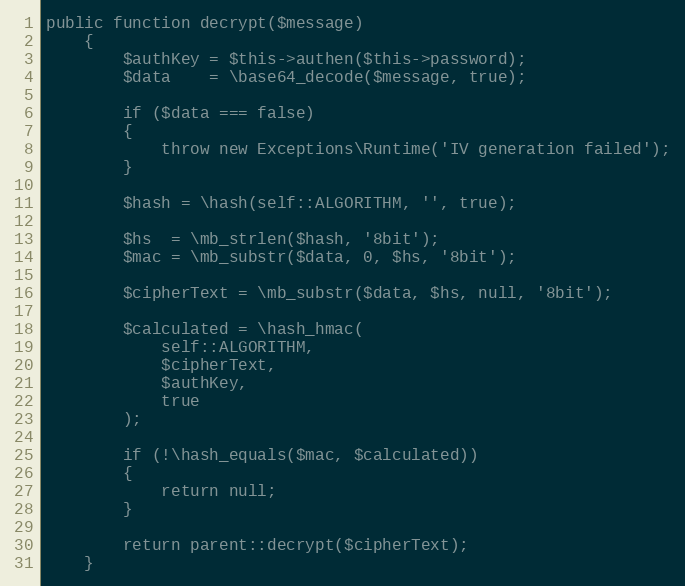
Language: PHP
public function decrypt($message)
    {
        $authKey = $this->authen($this->password);
        $data    = \base64_decode($message, true);

        if ($data === false)
        {
            throw new Exceptions\Runtime('IV generation failed');
        }

        $hash = \hash(self::ALGORITHM, '', true);

        $hs  = \mb_strlen($hash, '8bit');
        $mac = \mb_substr($data, 0, $hs, '8bit');

        $cipherText = \mb_substr($data, $hs, null, '8bit');

        $calculated = \hash_hmac(
            self::ALGORITHM,
            $cipherText,
            $authKey,
            true
        );

        if (!\hash_equals($mac, $calculated))
        {
            return null;
        }

        return parent::decrypt($cipherText);
    }